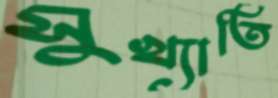
সুখ্যাতি